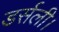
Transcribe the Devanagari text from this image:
डर्सली।